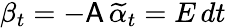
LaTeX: \beta_{t}=-\mathsf{A}\, \widetilde{\alpha}_{t}=E\, dt